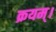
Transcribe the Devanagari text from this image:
क्रयम्।